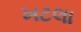
ખટલા